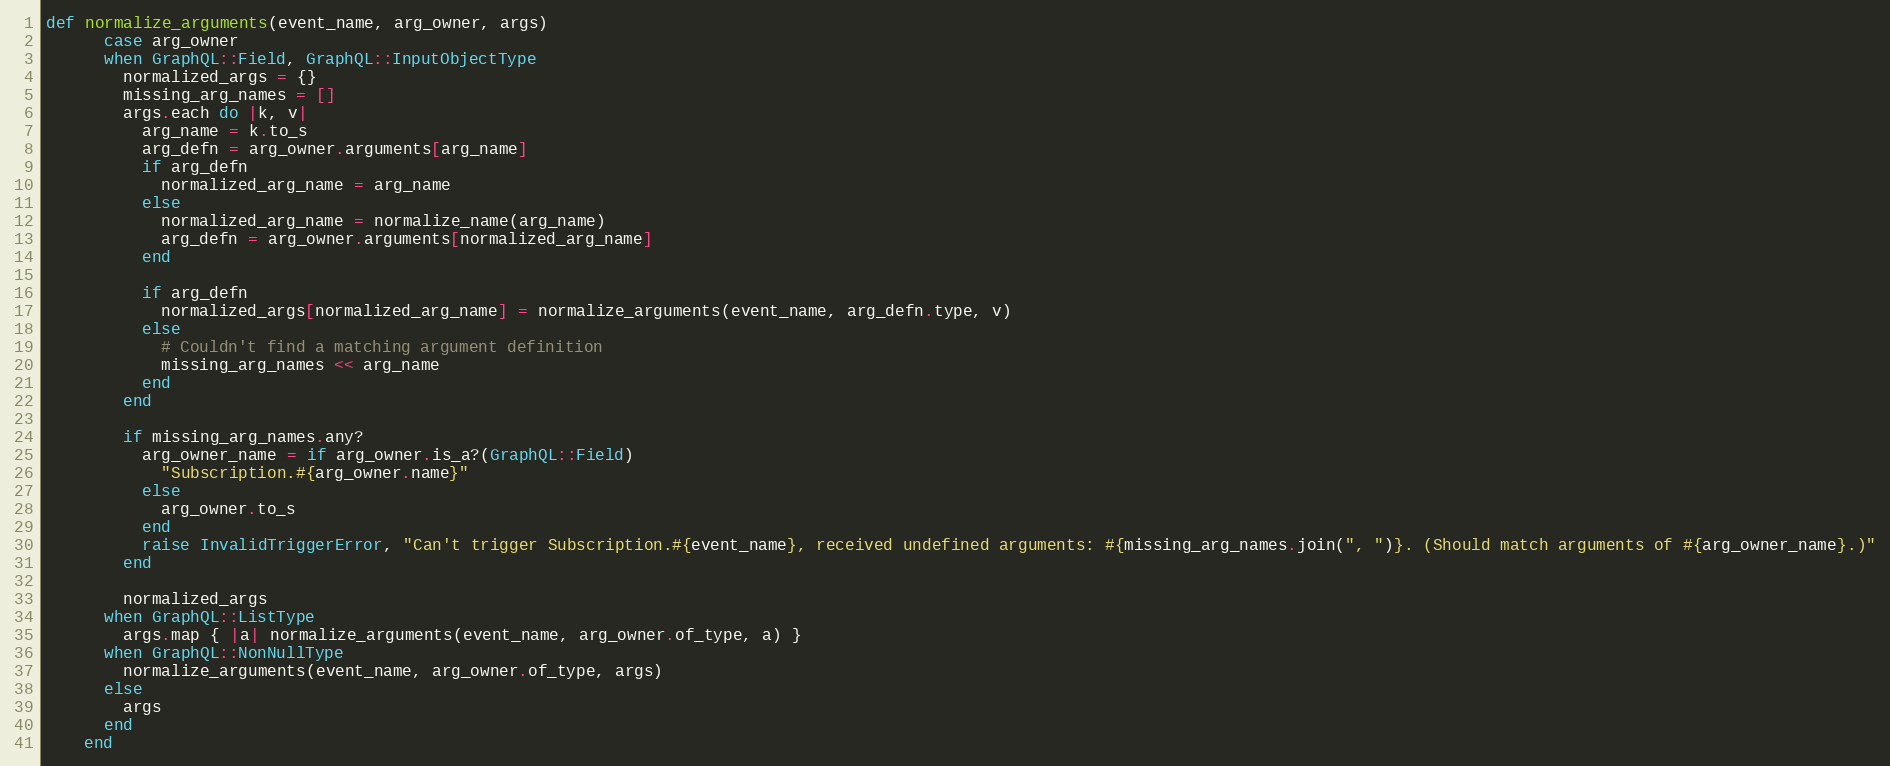
Language: Ruby
def normalize_arguments(event_name, arg_owner, args)
      case arg_owner
      when GraphQL::Field, GraphQL::InputObjectType
        normalized_args = {}
        missing_arg_names = []
        args.each do |k, v|
          arg_name = k.to_s
          arg_defn = arg_owner.arguments[arg_name]
          if arg_defn
            normalized_arg_name = arg_name
          else
            normalized_arg_name = normalize_name(arg_name)
            arg_defn = arg_owner.arguments[normalized_arg_name]
          end

          if arg_defn
            normalized_args[normalized_arg_name] = normalize_arguments(event_name, arg_defn.type, v)
          else
            # Couldn't find a matching argument definition
            missing_arg_names << arg_name
          end
        end

        if missing_arg_names.any?
          arg_owner_name = if arg_owner.is_a?(GraphQL::Field)
            "Subscription.#{arg_owner.name}"
          else
            arg_owner.to_s
          end
          raise InvalidTriggerError, "Can't trigger Subscription.#{event_name}, received undefined arguments: #{missing_arg_names.join(", ")}. (Should match arguments of #{arg_owner_name}.)"
        end

        normalized_args
      when GraphQL::ListType
        args.map { |a| normalize_arguments(event_name, arg_owner.of_type, a) }
      when GraphQL::NonNullType
        normalize_arguments(event_name, arg_owner.of_type, args)
      else
        args
      end
    end